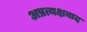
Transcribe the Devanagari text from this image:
अप्रत्यक्षवाद